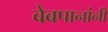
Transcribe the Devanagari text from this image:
वेबपानांनी